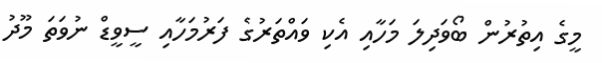
މީގެ އިތުރުން ބޯވަދިލަ މަހާއި އެކި ވައްތަރުގެ ފަރުމަހާއި ސީވީޑް ނުވަތަ މޫދު